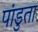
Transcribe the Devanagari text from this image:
पांडुता